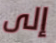
إلى